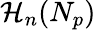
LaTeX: \mathcal{H}_{n}(N_{p})